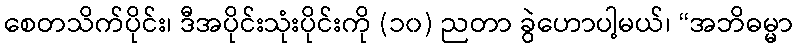
စေတသိက်ပိုင်း၊ ဒီအပိုင်းသုံးပိုင်းကို (၁၀) ညတာ ခွဲဟောပါ့မယ်၊ “အဘိဓမ္မာ